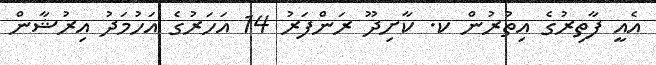
އެއީ ފާތިރުގެ އިތުރުން ކ. ކާށިދޫ ރަންފަރު 14 އަހަރުގެ އަހުމަދު އިރުޝާން